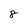
Character: 8